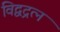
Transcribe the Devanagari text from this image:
विद्वद्रत्न